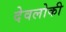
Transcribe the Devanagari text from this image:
देवलोकी